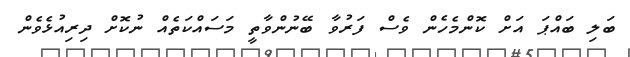
ބަލި ބައްޕަ އަށް ކޮންމެހެން ވެސް ފަރުވާ ބޭނުންވާތީ މަސައްކަތެއް ނުކޮށް ދިރިއުޅެވެން